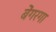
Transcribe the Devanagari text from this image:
बेंगरगा